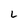
Character: L